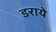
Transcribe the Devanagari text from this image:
डराये